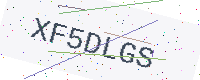
Text: XF5DLGS